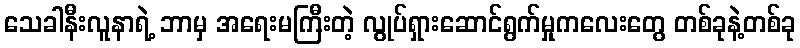
သေခါနီးလူနာရဲ့ ဘာမှ အရေးမကြီးတဲ့ လွုပ်ရှားဆောင်ရွက်မှုကလေးတွေ တစ်ခုနဲ့တစ်ခု